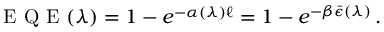
\mathrm { ~ E ~ Q ~ E ~ } ( \lambda ) = 1 - e ^ { - \alpha ( \lambda ) \ell } = 1 - e ^ { - \beta \bar { \epsilon } ( \lambda ) } \, .